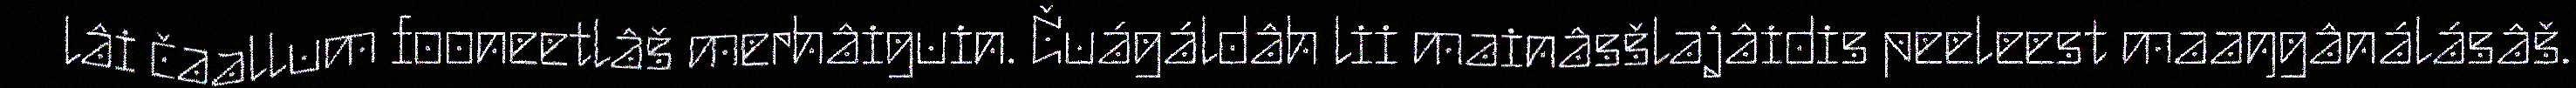
lâi čaallum fooneetlâš merhâiguin. Čuágáldâh lii mainâsšlajâidis peeleest maaŋgânálásâš.